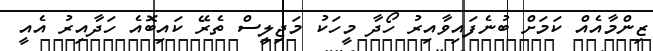
ޒިންމާއެއް ކަމަށް ބުނެފައިވާއިރު ހޯދާ މީހަކު މަޖިލީސް ތެރޭ ކައިބޮއެ ހަދާއިރު އެއީ